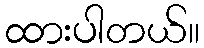
ထားပါတယ်။